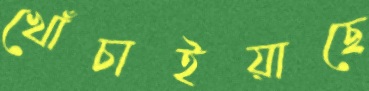
খোঁচাইয়াছে